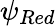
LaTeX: \psi_{Red}